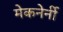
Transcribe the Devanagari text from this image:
मेकनेर्नी